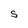
Character: S